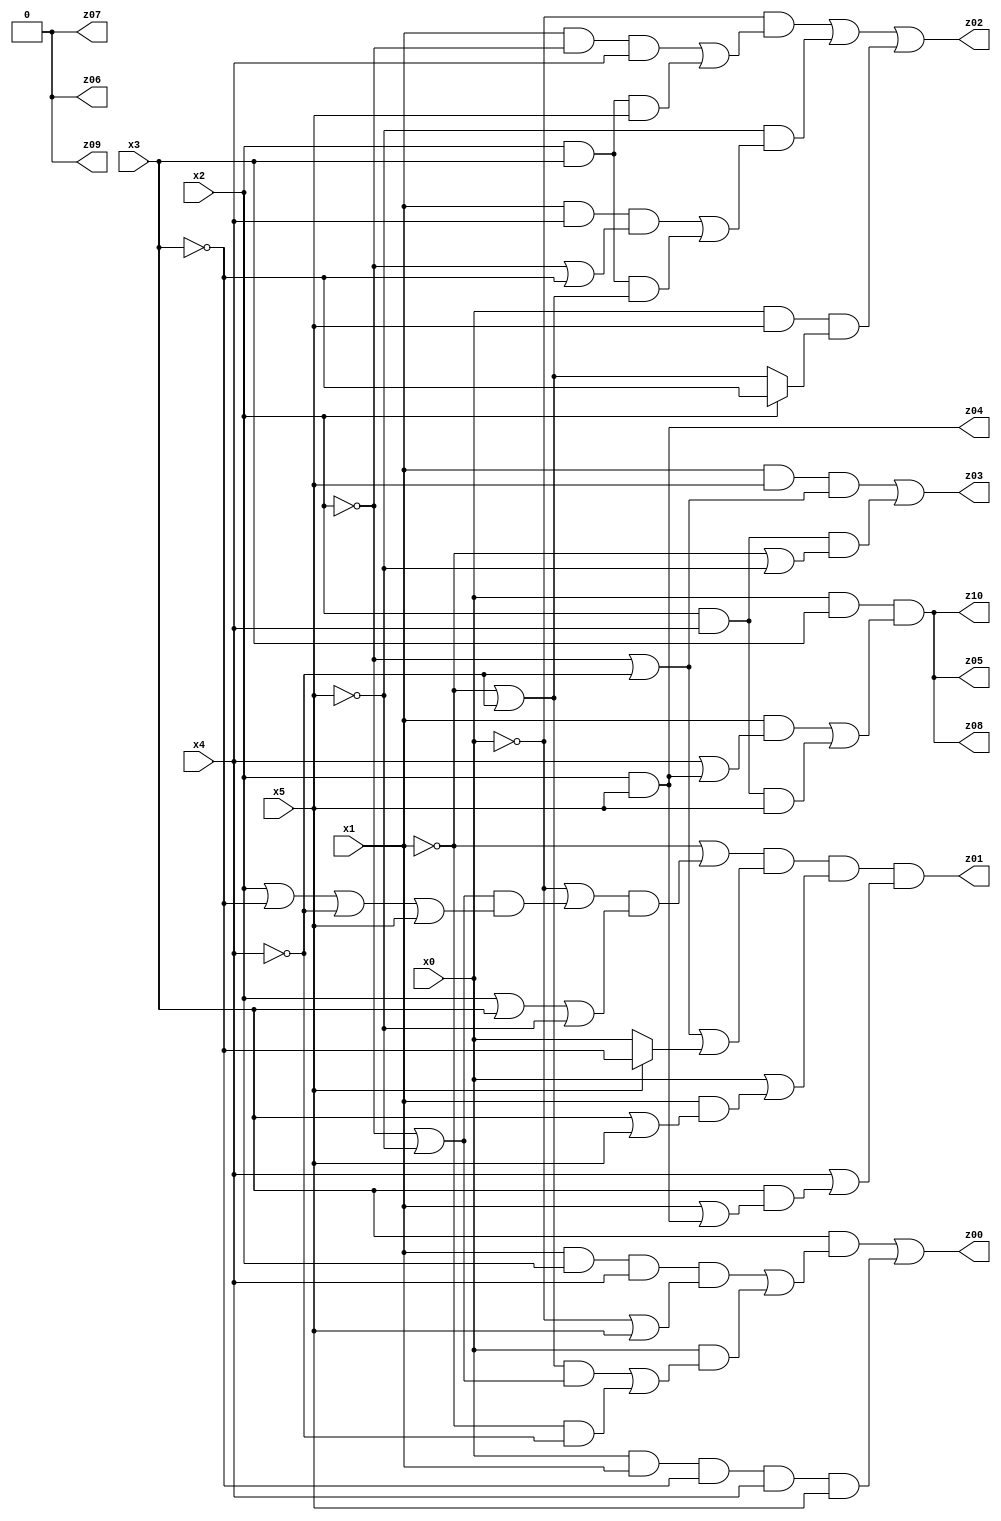
// Benchmark "mult_3x3_64" written by ABC on Fri Jun 23 01:07:16 2023

module mult_3x3_64 ( 
    x0, x1, x2, x3, x4, x5,
    z00, z01, z02, z03, z04, z05, z06, z07, z08, z09, z10  );
  input  x0, x1, x2, x3, x4, x5;
  output z00, z01, z02, z03, z04, z05, z06, z07, z08, z09, z10;
  assign z06 = 1'b0;
  assign z00 = (x3 & ((x1 & x2 & x4 & (~x0 | x5)) | (x0 & (((~x1 | ~x4) & (~x2 | ~x5)) | (~x1 & ~x4))))) | (x0 & x1 & ~x3 & x4 & x5);
  assign z01 = (~x1 | ((~x0 | ((~x2 | ~x5) & (x2 | ~x3 | ~x4 | x5))) & (x2 | x3 | ~x5))) & (~x2 | ~x4 | (x5 ? ~x3 : x0)) & (x0 | (x1 & (x3 | x5))) & (x4 | (x3 & (x1 | (x2 & x5))));
  assign z02 = (~x0 & ((x1 & ~x2 & x4) | (x2 & x3 & x5))) | (~x5 & ((x1 & x4 & (~x2 | ~x3)) | (x2 & x3 & (~x1 | ~x4)))) | (x0 & x5 & (x2 ? ~x3 : (~x1 | ~x4)));
  assign z03 = (x1 & x5 & (~x2 | ~x4)) | (x2 & x4 & (~x1 | ~x5));
  assign z04 = x2 & x5;
  assign z05 = x0 & x3 & ((x1 & (x4 | (x2 & x5))) | (x2 & x4 & x5));
  assign z07 = z06;
  assign z08 = x0 & x3 & ((x1 & (x4 | (x2 & x5))) | (x2 & x4 & x5));
  assign z09 = z06;
  assign z10 = x0 & x3 & ((x1 & (x4 | (x2 & x5))) | (x2 & x4 & x5));
endmodule